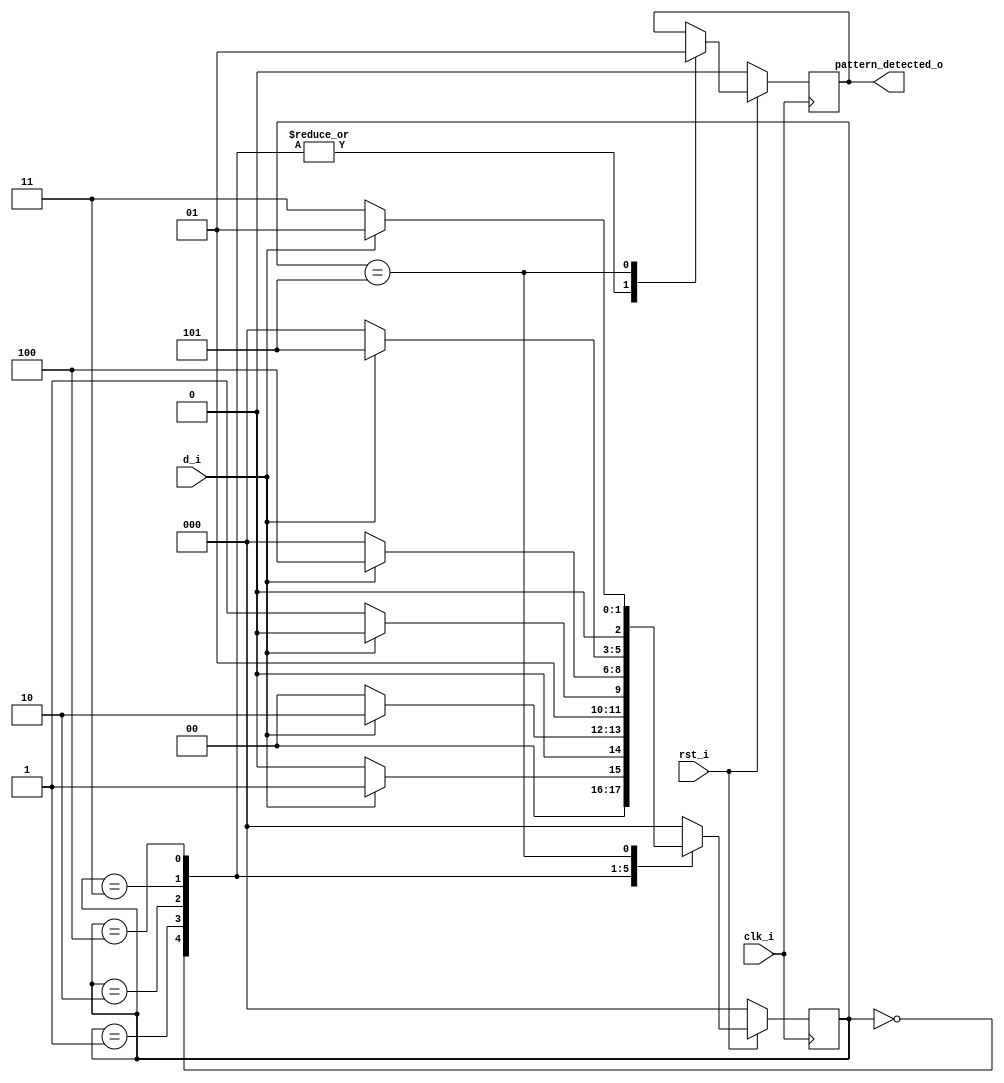
//Pattern Detector with Moore state machine
module pattern_detector

    #(
        parameter RST = 3'b000,
        parameter STATE1 = 3'b001,
        parameter STATE2 = 3'b010,
        parameter STATE3 = 3'b011,
        parameter STATE4 = 3'b100,
        parameter STATE5 = 3'b101
    )
    
    (
        input wire clk_i,
        input wire rst_i,
        input wire d_i,
        output reg pattern_detected_o
    );

    reg [2:0] state;
    
//    reg [2:0] next_state;
    
    always @ (posedge clk_i) begin
        
        if(rst_i == 0) begin
            pattern_detected_o <= 0;
            state <= RST;
        end

        else begin
            case(state)
                RST : begin
                    
                    pattern_detected_o <= 0;
                    
                    if(d_i == 0)
                        state <= RST;
                    else
                        state <= STATE1;
                end
                
                STATE1 : begin
                    
                    pattern_detected_o <= 0;
                    
                    if(d_i == 0)
                        state <= RST;
                    else
                        state <= STATE2;
                end
                
                STATE2 : begin
                    
                    pattern_detected_o <= 0;
                    
                    if(d_i == 0)
                        state <= STATE3;
                    else
                        state <= STATE2;
               
                end
                
                STATE3 : begin
                    
                    pattern_detected_o <= 0;
                    
                    if(d_i == 0)
                        state <= RST;
                    else
                        state <= STATE4;
                
                end
                
                STATE4 : begin
                    
                    pattern_detected_o <= 0;
                    
                    if(d_i == 0)
                        state <= RST;
                    else
                        state <= STATE5;
                
                end
                
                STATE5 : begin
                    
                    pattern_detected_o <= 1;
                    
                    if(d_i == 0)
                        state <= STATE3;

                    else
                        state <= STATE1;
                
                end
                
                default : begin
                    state <= RST;
                end     
            endcase
        end
    end
endmodule